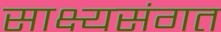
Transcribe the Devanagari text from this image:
साक्ष्यसंगत